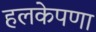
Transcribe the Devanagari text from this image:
हलकेपणा